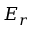
E _ { r }